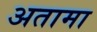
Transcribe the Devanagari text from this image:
अतामा